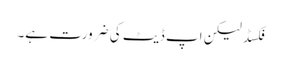
فکسڈ لیکن اپ ڈیٹ کی ضرورت ہے۔